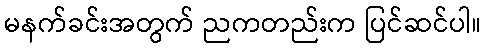
မနက်ခင်းအတွက် ညကတည်းက ပြင်ဆင်ပါ။